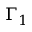
\Gamma _ { 1 }